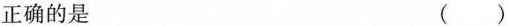
正确的是 （）